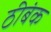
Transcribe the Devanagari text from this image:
ठीबंक